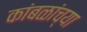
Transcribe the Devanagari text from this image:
कांबळांच्या